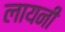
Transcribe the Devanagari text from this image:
लायनी